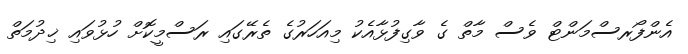
އެންފޯރސްމަންޓް ވެސް މާތް ގެ ވާގިފުޅާއެކު މިއަހަރުގެ ތެރޭގައި ރަސްމީކޮށް ހުޅުވައި ޚިދުމަތް